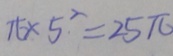
\pi \times 5 ^ { 2 } = 2 5 \pi